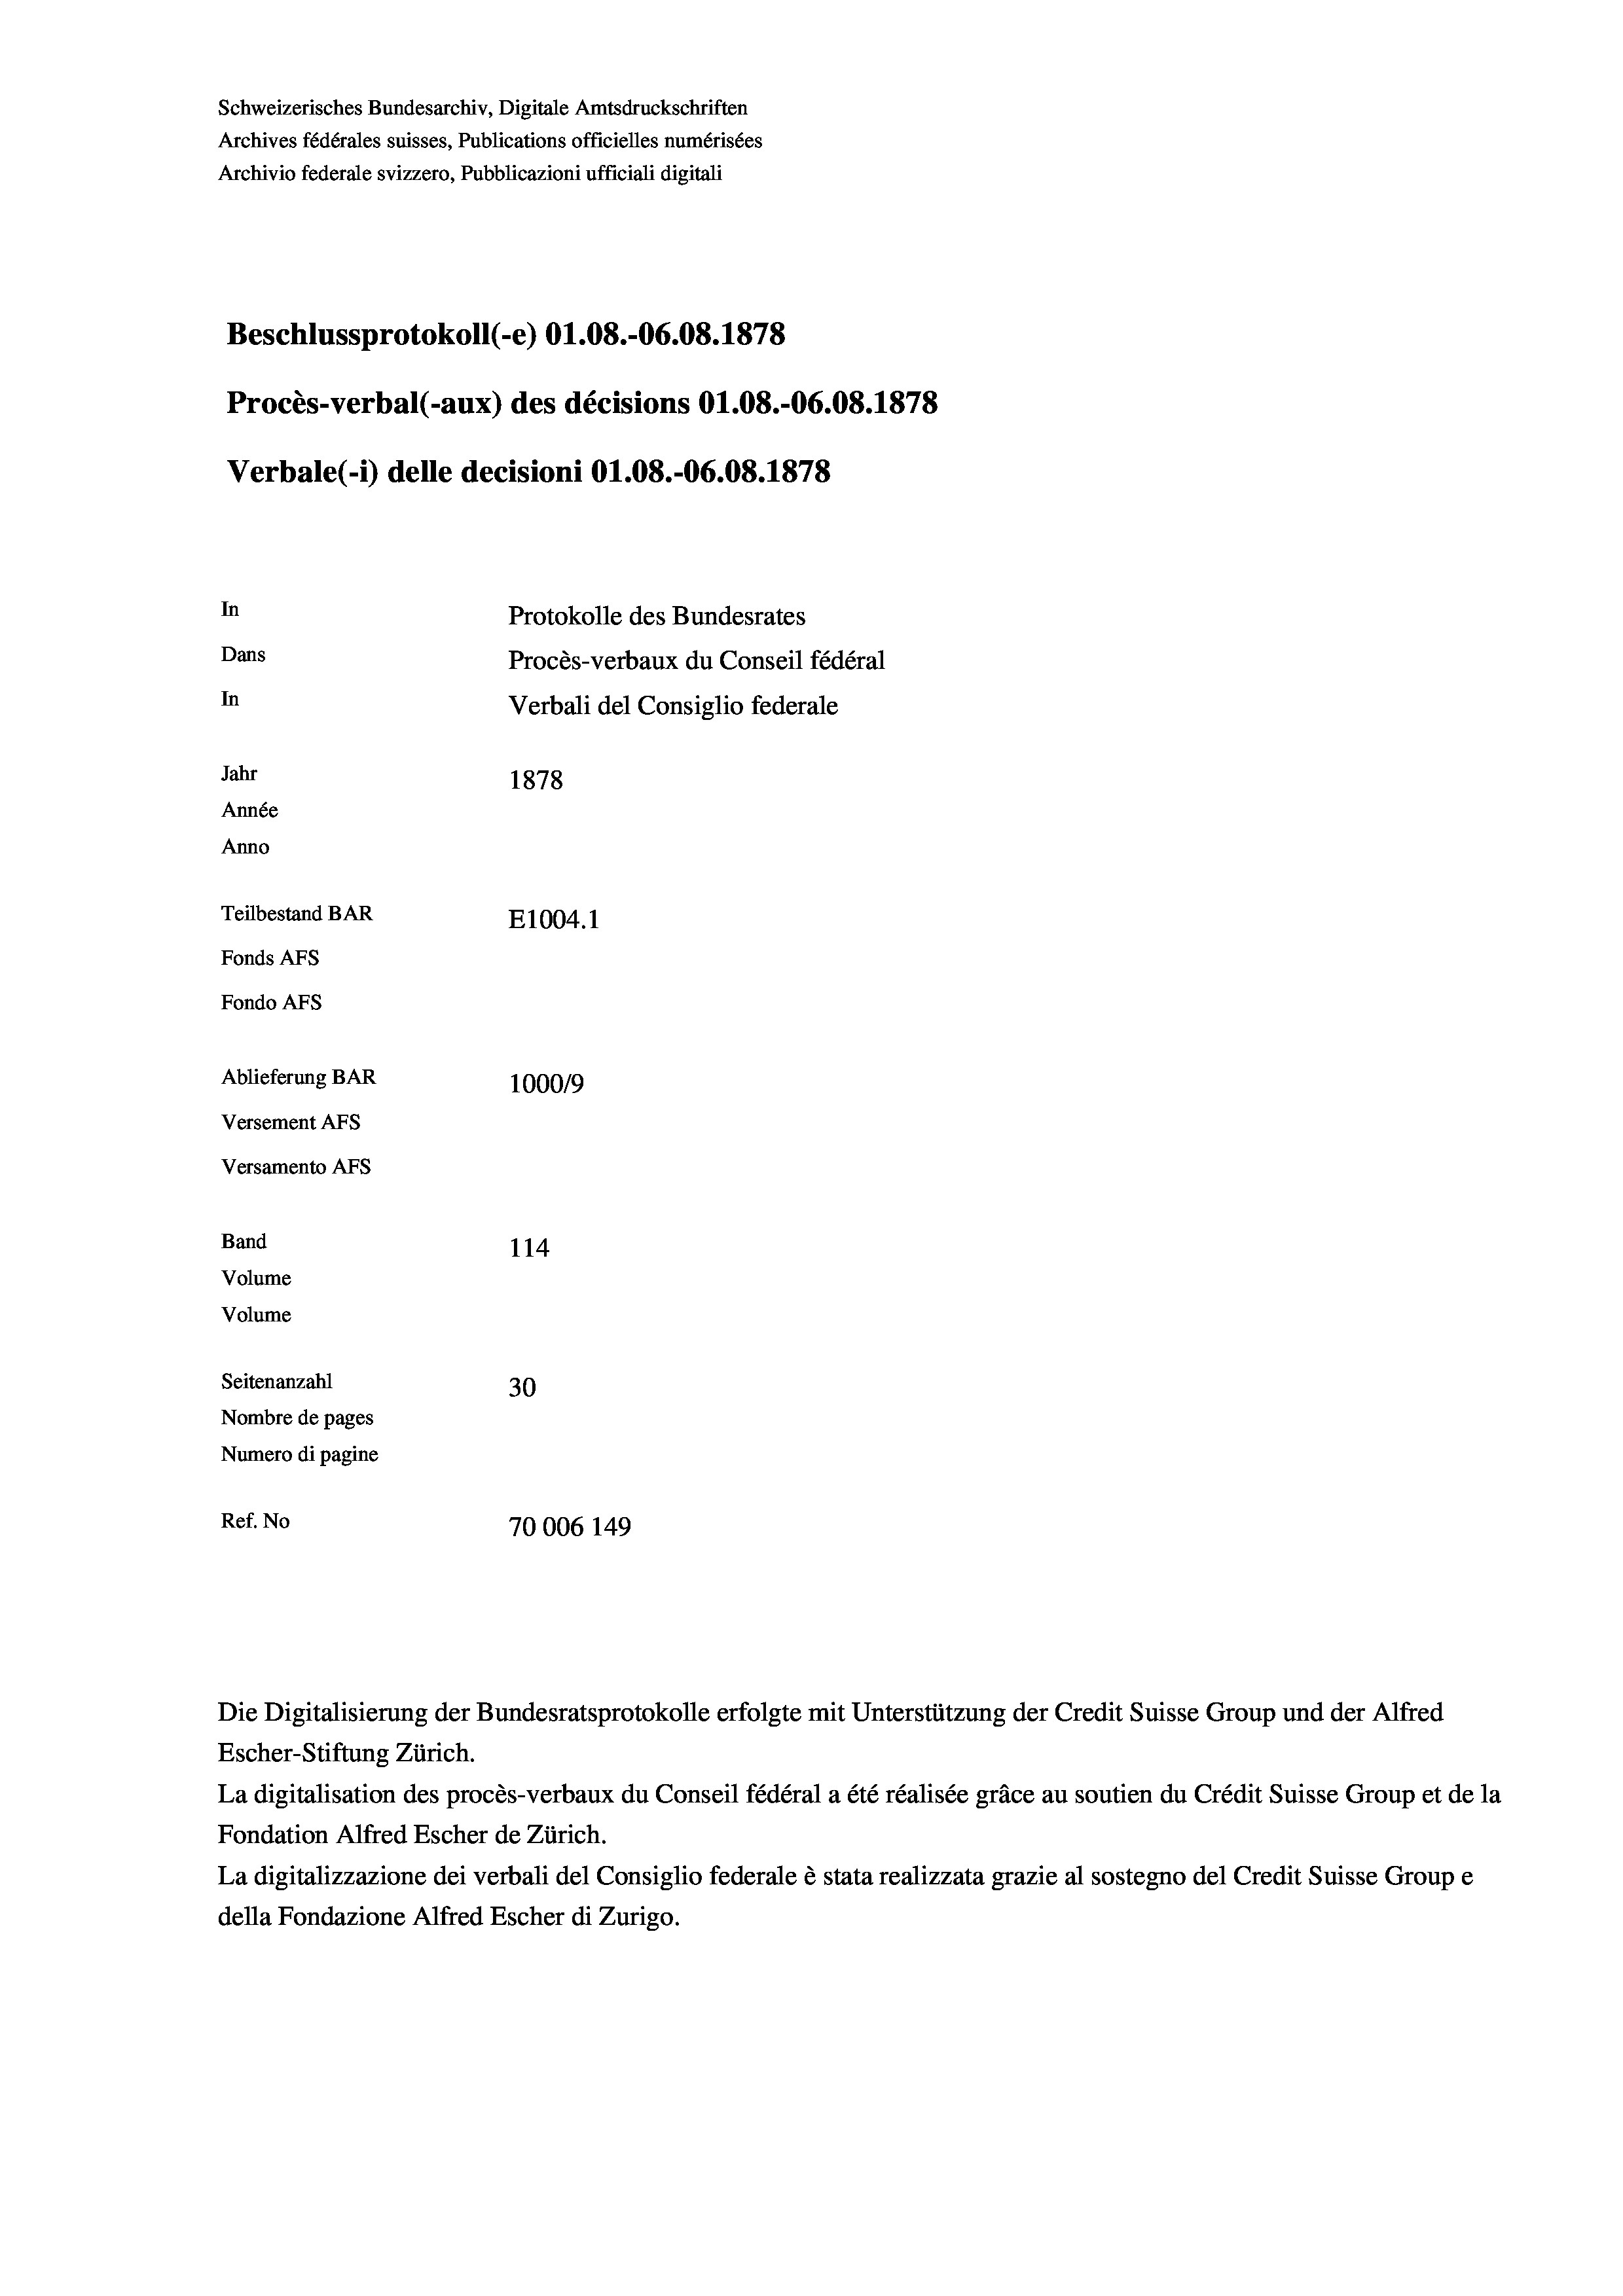
Schweizerisches Bundesarchiv, Digitale Amtsdruckschriften
Archives fédérales suisses, Publications officielles numérisées
Archivio federale svizzero, Pubblicazioni ufficiali digitali
Beschlussprotokoll (-e) O1.08.-06.08. 1878
Procès-verbal (-aux) des décisions O1.08.-06.08. 1878
Verbale(1) delle decisioni O1.08.-06.08. 1878
In
Protokolle des Bundesrates
Dans
Procès-verbaux du Conseil fédéral
In
Verbali del Consiglio federale
Jahr
1878
Année
Anno
Teilbestand BAR
E1004. 1
Fonds AFs
Fondo Afs
Ablieferung BAR
100019
Versement AFs
Versamento AFS
Band
114
Volume
Volume
Seitenanzahl
30
Nombre de pages
Numero di pagine
Ref. No
70006 149

Escher-Stiftung Zürich.
La digitalisation des procès-verbaux du Conseil fédéral a été réalisée gräce au soutien du Crédit Suisse Group et de la
Fondation Alfred Escher de Zürich.
La digitalizzazione dei verbali del Consiglio federale è stata realizzata grazie al sostegno del Credit Suisse Groupe
della Fondazione Alfred Escher di Zurigo.

Die Digitalisierung der Bundesratsprotokolle erfolgte mit Unterstützung der Credit Suisse Group und der Alfred